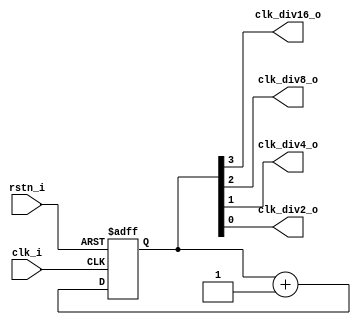
// This program was cloned from: https://github.com/mbalestrini/tt06_usb_cdc_devices
// License: Apache License 2.0


module prescaler
  (
   input  clk_i,
   input  rstn_i,
   output clk_div16_o,
   output clk_div8_o,
   output clk_div4_o,
   output clk_div2_o
   );

   reg [3:0] prescaler_cnt;

   always @(posedge clk_i or negedge rstn_i) begin
      if (~rstn_i) begin
         prescaler_cnt <= 'd0;
      end else begin
         prescaler_cnt <= prescaler_cnt + 1;
      end
   end

   assign clk_div16_o = prescaler_cnt[3];
   assign clk_div8_o = prescaler_cnt[2];
   assign clk_div4_o = prescaler_cnt[1];
   assign clk_div2_o = prescaler_cnt[0];
   
endmodule